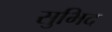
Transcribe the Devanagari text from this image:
सुभिद